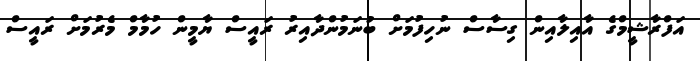
އަފްރާޝީމްގެ އާއިލާއިން ގިސާސް ނުހިފުމަށް ބުނަމުންދާއިރު ރައީސް ޔާމީން ހުމާމް މެރުމަށް ރައީސް